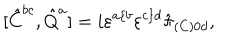
LaTeX: [ \hat { C } ^ { b c } , \hat { Q } ^ { a } ] = i \varepsilon ^ { a \{ b } \varepsilon ^ { c \} d } \hat { \pi } _ { ( C ) 0 d } ,